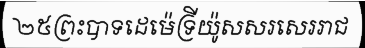
២៥ព្រះបាទដេម៉េទ្រីយ៉ូសសរសេររាជ